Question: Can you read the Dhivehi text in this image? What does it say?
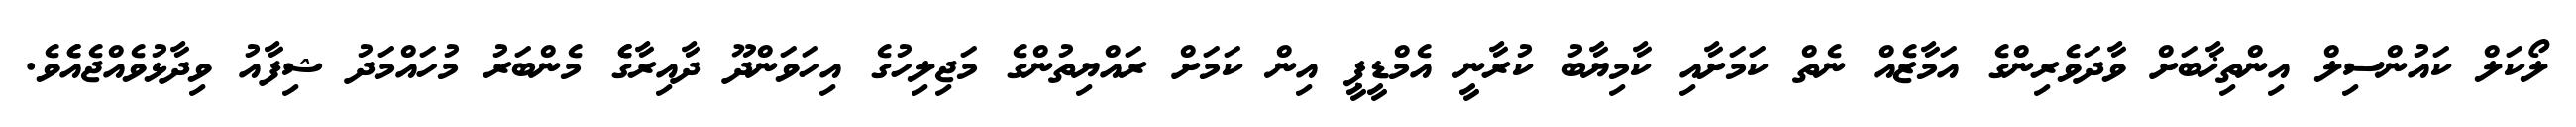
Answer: ލޯކަލް ކައުންސިލް އިންތިޚާބަށް ވާދަވެރިންގެ އަމާޒެއް ނެތް ކަމަށާއި ކާމިޔާބު ކުރާނީ އެމްޑީޕީ އިން ކަމަށް ރައްޔިތުންގެ މަޖިލިހުގެ އިހަވަންދޫ ދާއިރާގެެ މެންބަރު މުހައްމަދު ޝިފާއު ވިދާޅުވެއްޖެއެެވެ.